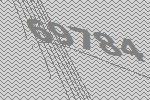
69784